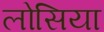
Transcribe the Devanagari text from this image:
लोसिया